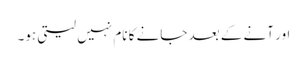
اور آنے کے بعد جانے کا نام نہیں لیتی ہو۔